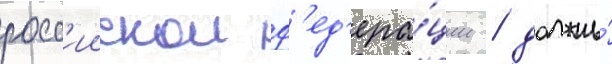
росс'иискои ф'ед'ера́ции / должны́